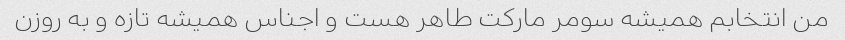
من انتخابم همیشه سومر مارکت طاهر هست و اجناس همیشه تازه و به روزن